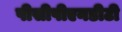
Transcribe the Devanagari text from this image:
पीसीपीएनडीटी